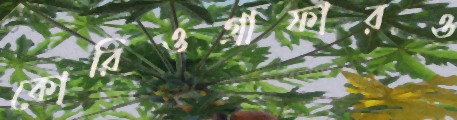
কোরিওগ্রাফারও